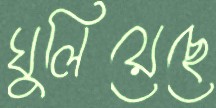
ঘুলিয়েছে